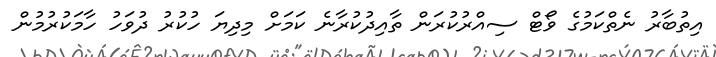
އިތުބާރު ނެތްކަމުގެ ވޯޓް ސިއްރުކުރަން ތާއިދުކުރާނެ ކަމަށް މިދިޔަ ހުކުރު ދުވަހު ހާމަކުރުމުން